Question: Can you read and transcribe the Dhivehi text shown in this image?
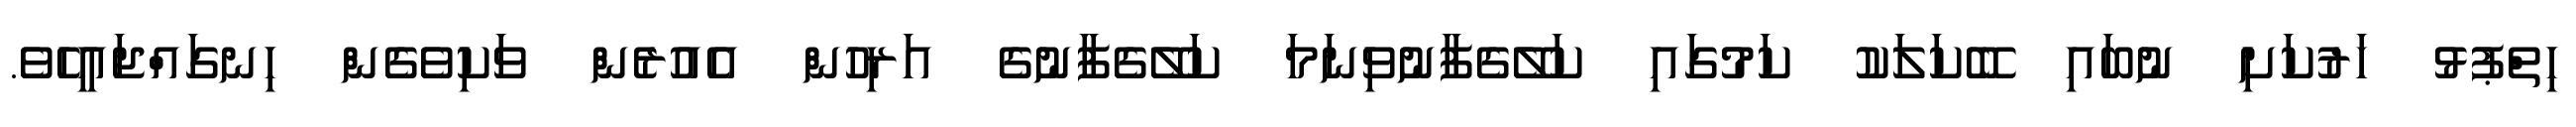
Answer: ހިތްޕުޅު ހަރުކަށި ނުބައި ބޭކަލަކު ކަމުގައި ކަލޭގެފާނުވިނަމަ ކަލޭގެފާނުގެ އަރިހުން އެއުރެން ވަކިވެގެން ހިނގައްޖައީހެވެ.